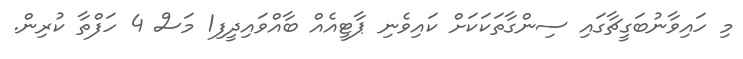
މި ހައިވާނުބަގީޗާގައި ސިންގާތަކަކަށް ކައިވެނި ޕާޓީއެއް ބާއްވައިދީފި1 މަސް 4 ހަފްތާ ކުރިން.